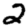
Digit: 2